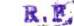
R.F.